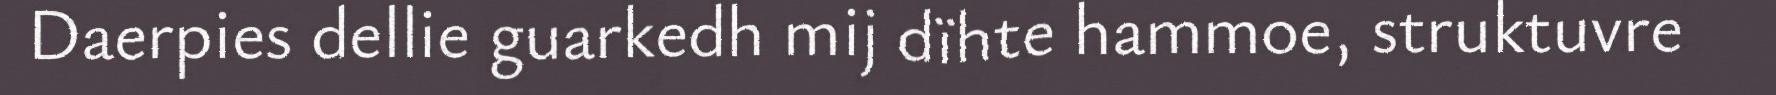
Daerpies dellie guarkedh mij dïhte hammoe, struktuvre